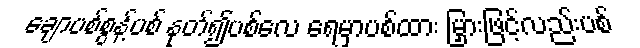
ချောပစ်စွန့်ပစ် နုတ်၍ပစ်လေ ရေမှာပစ်ထား မြှားဖြင့်လည်းပစ်